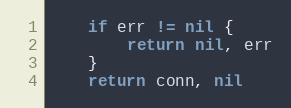
Language: Go
	if err != nil {
		return nil, err
	}
	return conn, nil